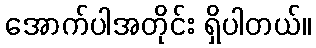
အောက်ပါအတိုင်း ရှိပါတယ်။